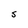
Character: S